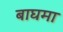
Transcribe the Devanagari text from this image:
बाघमा